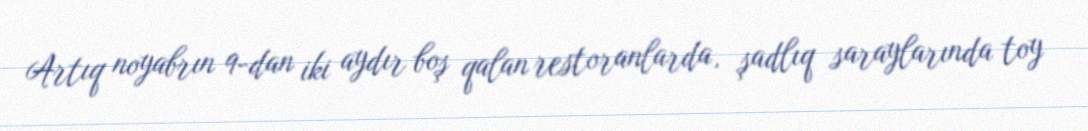
Artıq noyabrın 9-dan iki aydır boş qalan restoranlarda, şadlıq saraylarında toy